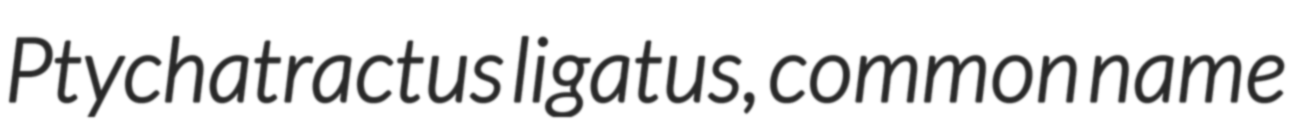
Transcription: Ptychatractus ligatus, common name